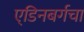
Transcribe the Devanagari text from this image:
ए्डिनबर्गचा